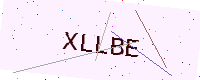
Text: XLLBE